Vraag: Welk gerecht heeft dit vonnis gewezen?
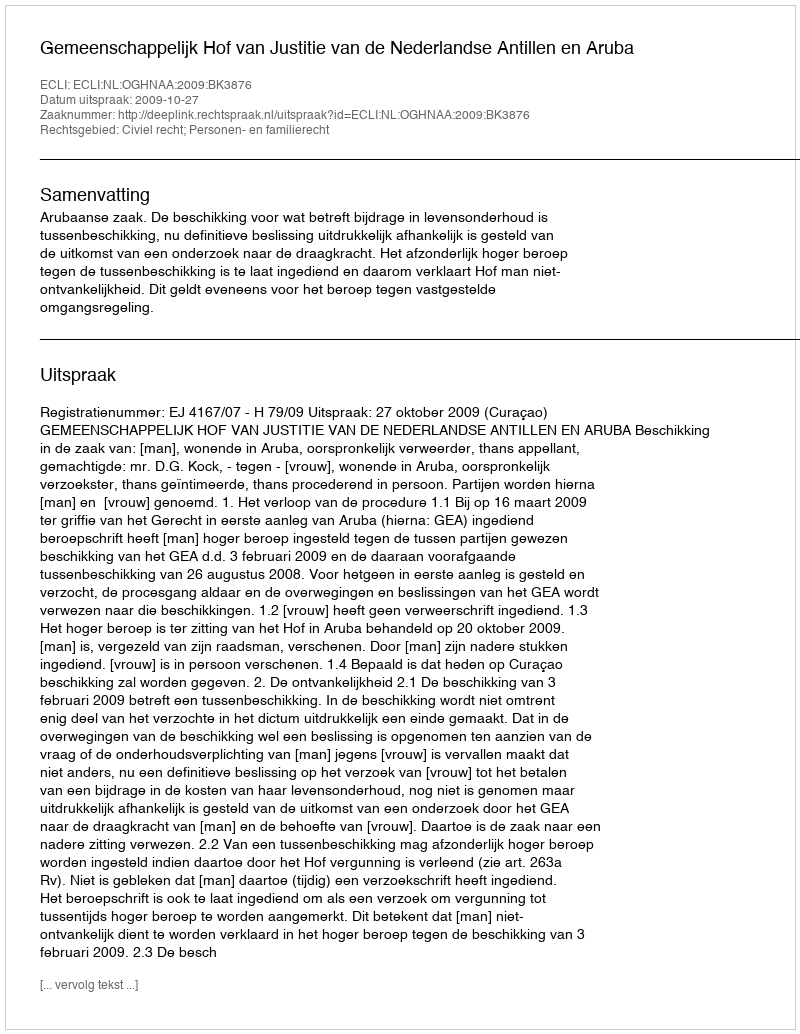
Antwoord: Gemeenschappelijk Hof van Justitie van de Nederlandse Antillen en Aruba